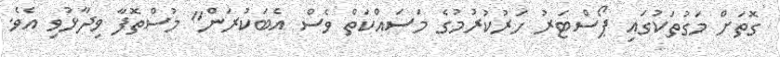
ގޮތަށް މަގުތަކުގައި ޕޯސްޓަރު ހަރުކުރުމުގެ މަސައްކަތް ވެސް އެބަކުރަން" މުސްތޮފާ ވިދާޅުވި އެވެ.